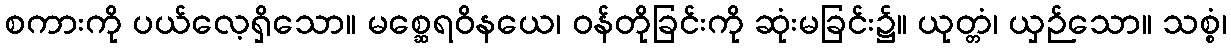
စကားကို ပယ်လေ့ရှိသော။ မစ္ဆေရဝိနယေ၊ ဝန်တိုခြင်းကို ဆုံးမခြင်း၌။ ယုတ္တံ၊ ယှဉ်သော။ သစ္စံ၊